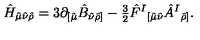
\hat { H } _ { \hat { \mu } \hat { \nu } \hat { \rho } } = 3 \partial _ { [ \hat { \mu } } \hat { B } _ { \hat { \nu } \hat { \rho } ] } - { \textstyle \frac { 3 } { 2 } } \hat { F } ^ { I } { } _ { [ \hat { \mu } \hat { \nu } } \hat { A } ^ { I } { } _ { \hat { \rho } ] } .